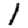
Digit: 1